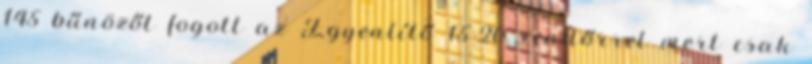
145 bűnözőt fogott az Egyenlítő 15-20 rendőrrel mert csak